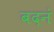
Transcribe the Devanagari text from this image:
बदनं